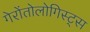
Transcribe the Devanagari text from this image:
गेरोंतोलोगिस्ट्स